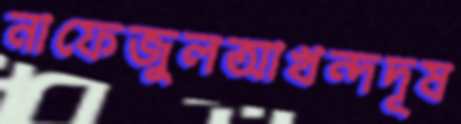
নাফেজুলআখন্দদূষ